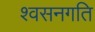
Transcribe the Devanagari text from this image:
श्वसनगति